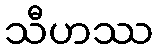
သီဟဿ